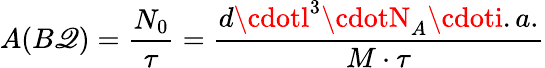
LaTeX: A(B\mathscr{Q})=\frac{{N_{0}}}{{\tau}}=\frac{{d\cdotl^{3}\cdotN_{A}\cdoti.a.}}{{M\cdot\tau}}